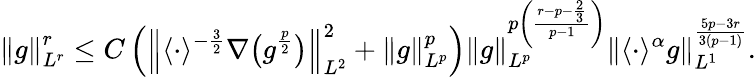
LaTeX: \left\| g\right\| _{L^{r}}^{r}\leq C\left(\left\| \langle\cdot\rangle^{-\frac{3}{2}}\nabla\big(g^{\frac{p}{2}}\big)\right\| _{L^{2}}^{2}+\left\| g\right\| _{L^{p}}^{p}\right)\left\| g\right\| _{L^{p}}^{p\left(\frac{r-p-\frac{2}{3}}{p-1}\right)}\left\| \langle\cdot\rangle^{\alpha}g\right\| _{L^{1}}^{\frac{5p-3r}{3(p-1)}}.